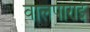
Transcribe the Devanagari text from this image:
वालपाराई